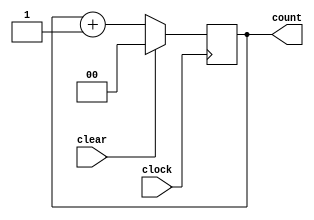
//Parameterized design :: an N-bit counter

module counter2 (clear, clock, count);
   parameter N=1;
   input clear, clock;
   output reg [0:N] count;
 
   always @ (negedge clock)
    if (clear)
      count <= 0;
    else
      count <= count + 1;
endmodule